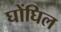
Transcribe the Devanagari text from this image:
घोंघिल